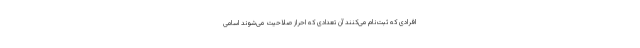
افرادی که ثبت‌نام می‌کنند آن تعدادی که احراز صلاحیت می‌شوند اسامی